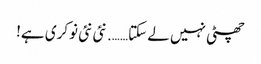
چھٹی نہیں لے سکتا……. نئی نئی نوکری ہے!